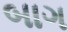
બાગ